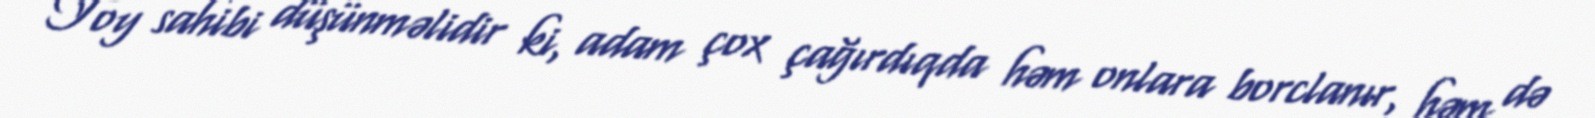
Toy sahibi düşünməlidir ki, adam çox çağırdıqda həm onlara borclanır, həm də